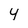
Character: 4